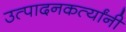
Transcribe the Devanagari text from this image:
उत्पादनकर्त्यांनी